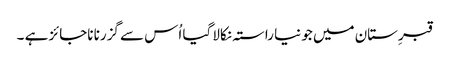
قبرِستان میں جو نیا راستہ نکالا گیا اُس سے گزرنا ناجائز ہے ۔